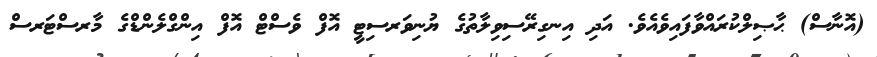
(އޮނާސް) ޙާޞިލްކުރައްވާފައިވެއެވެ. އަދި އިނގިރޭސިވިލާތުގެ ޔުނިވަރސިޓީ އޮފް ވެސްޓް އޮފް އިންގްލެންޑްގެ މާރސްޓަރސް